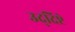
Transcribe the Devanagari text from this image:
उद्‌दिष्टे